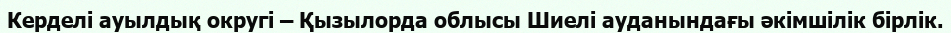
Керделі ауылдық округі – Қызылорда облысы Шиелі ауданындағы әкімшілік бірлік.